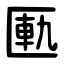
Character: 匭